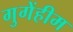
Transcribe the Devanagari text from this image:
गुगेंहीम